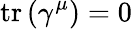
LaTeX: \operatorname{tr}\left(\gamma^{\mu}\right)=0